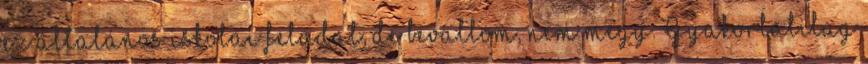
ez általános iskolai feladat, de bevallom, nem megy. Gyakorlatilag